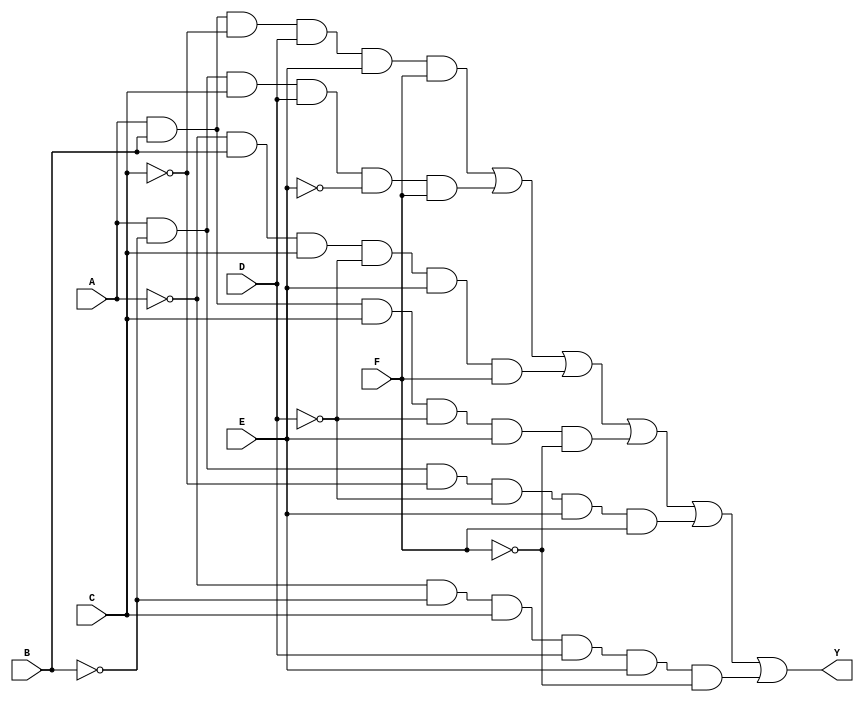
module kmap_six_var (
    input wire A,   // Input variable A
    input wire B,   // Input variable B
    input wire C,   // Input variable C
    input wire D,   // Input variable D
    input wire E,   // Input variable E
    input wire F,   // Input variable F
    output wire Y   // Output variable
);

// Define the combinational logic based on the K-map simplification
assign Y = (A & B & ~C & D & E & F) |  // Group 1
           (A & ~B & C & D & ~E & F) | // Group 2
           (~A & B & C & ~D & E & F) | // Group 3
           (A & B & C & ~D & E & ~F) | // Group 4
           (A & ~B & ~C & ~D & E & F) | // Group 5
           (~A & ~B & C & D & E & ~F); // Group 6

endmodule